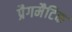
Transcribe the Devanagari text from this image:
प्रैगमैटिक